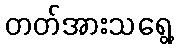
တတ်အားသရွေ့